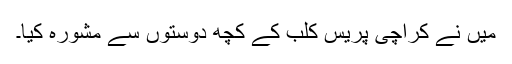
میں نے کراچی پریس کلب کے کچھ دوستوں سے مشورہ کیا۔